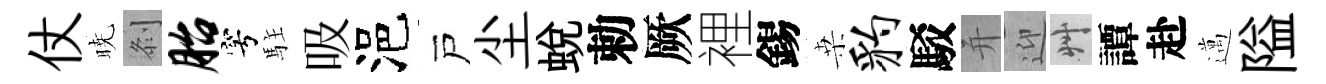
仗暁𠛴胎穹駐吸浥戸尘蜕勅厥裡錫桒豹駁并迎艸譚赴邁隘